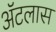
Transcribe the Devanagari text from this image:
अॅटलास